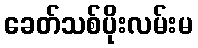
ခေတ်သစ်ပိုးလမ်းမ